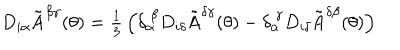
LaTeX: D _ { i \alpha } \tilde { \mathrm { A } } ^ { \beta \gamma } ( \theta ) = \textstyle { \frac { 1 } { 3 } } \left( \delta _ { \alpha } ^ { ~ \beta } D _ { i \delta } \tilde { \mathrm { A } } ^ { \delta \gamma } ( \theta ) - \delta _ { \alpha } ^ { ~ \gamma } D _ { i \delta } \tilde { \mathrm { A } } ^ { \delta \beta } ( \theta ) \right)